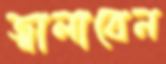
জ্বালাবেন